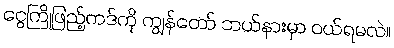
ငွေကြိုဖြည့်ကဒ်ကို ကျွန်တော် ဘယ်နားမှာ ဝယ်ရမလဲ။